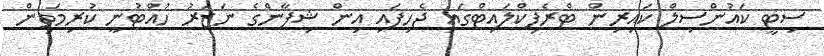
ސިޓީ ކައުންސިލް ކައިރިން ޓްރެފިކްލައިޓްގައި ޖެހިފައި އިން ޝިފާންގެ ނަޒަރު ހުއްޓުނީ ކުރިމަތިން